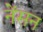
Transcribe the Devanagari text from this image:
नेंसन